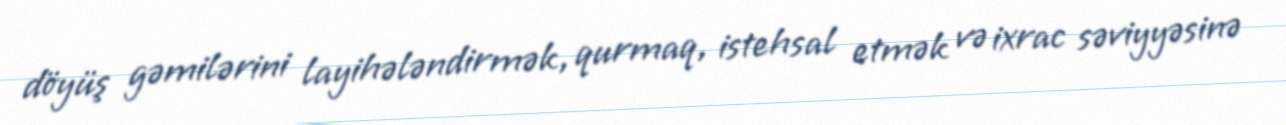
döyüş gəmilərini layihələndirmək, qurmaq, istehsal etmək və ixrac səviyyəsinə